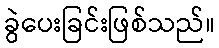
ခွဲပေးခြင်းဖြစ်သည်။